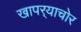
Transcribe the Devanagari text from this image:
खापर्‍याचोर